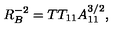
R _ { B } ^ { - 2 } = T T _ { 1 1 } A _ { 1 1 } ^ { 3 / 2 } ,